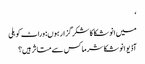
‘
میں انوشکا کا شکر گزار ہوں: وراٹ کوہلی
آڈیو انوشکا شرما کس سے متاثر ہیں؟